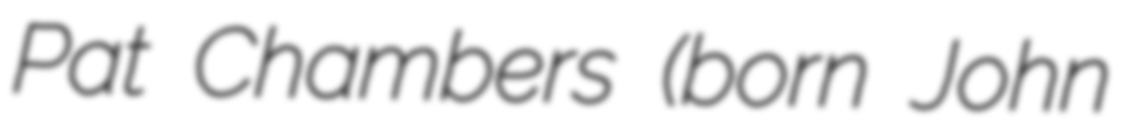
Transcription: Pat Chambers (born John